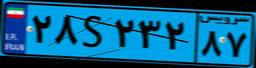
۳۳S۳۶۹۵۲